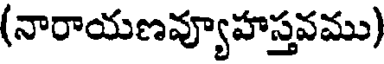
(నారాయణవ్యూహస్తవము)